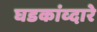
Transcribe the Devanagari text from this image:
घडकांव्दारे